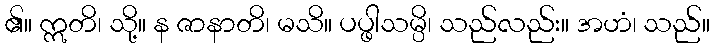
၏။ ဣတိ၊ သို့။ န ဇာနာတိ၊ မသိ။ ပပ္ဖါသမ္ပိ၊ သည်လည်း။ အဟံ၊ သည်။